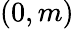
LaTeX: (0,m)